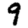
Digit: 9